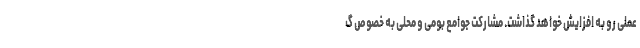
عملی رو به افزایش خواهد گذاشت. مشارکت جوامع بومی و محلی به خصوص گ